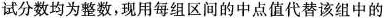
试分数均为整数，现用每组区间的中点值代替该组中的